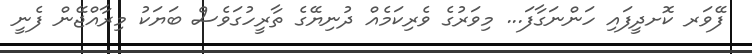
ފޭވަރ ކޮށދީފައި ހަންނަގާފަ... މިވަރުގެ ވެރިކަމެއް ދުނިޔޭގެ ތާރީހުގަވެސް ބަޔަކު މިރާއްޖޭން ފެނީ